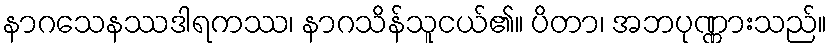
နာဂသေနဿဒါရကဿ၊ နာဂသိန်သူငယ်၏။ ပိတာ၊ အဘပုဏ္ဏားသည်။